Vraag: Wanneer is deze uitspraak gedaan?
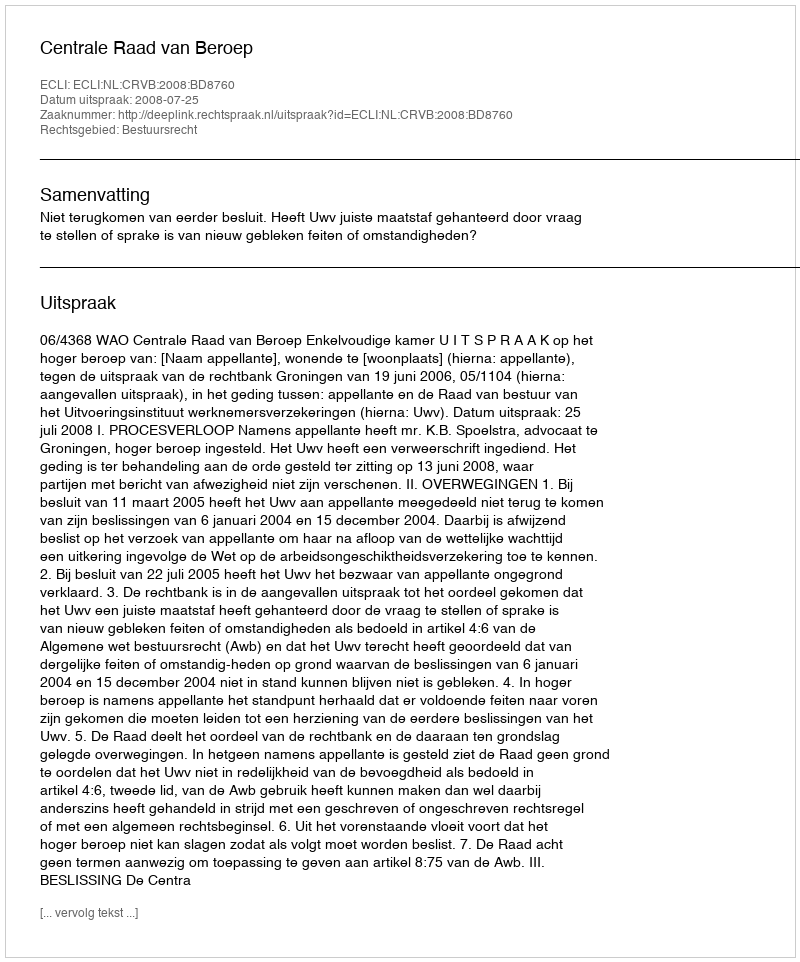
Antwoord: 2008-07-25